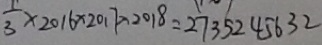
\frac { 1 } { 3 } \times 2 0 1 6 \times 2 0 1 7 \times 2 0 1 8 = 2 7 3 5 2 4 5 6 3 2